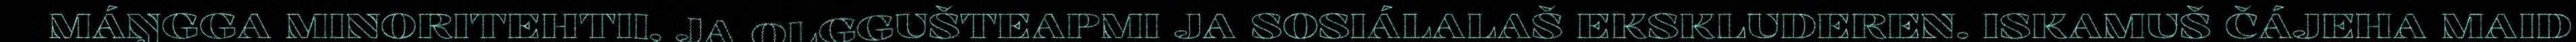
MÁŊGGA MINORITEHTII, JA OLGGUŠTEAPMI JA SOSIÁLALAŠ EKSKLUDEREN. ISKAMUŠ ČÁJEHA MAID